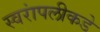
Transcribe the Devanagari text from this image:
स्वरांपलीकडे